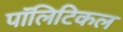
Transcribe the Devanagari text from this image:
पाॅलिटिकल